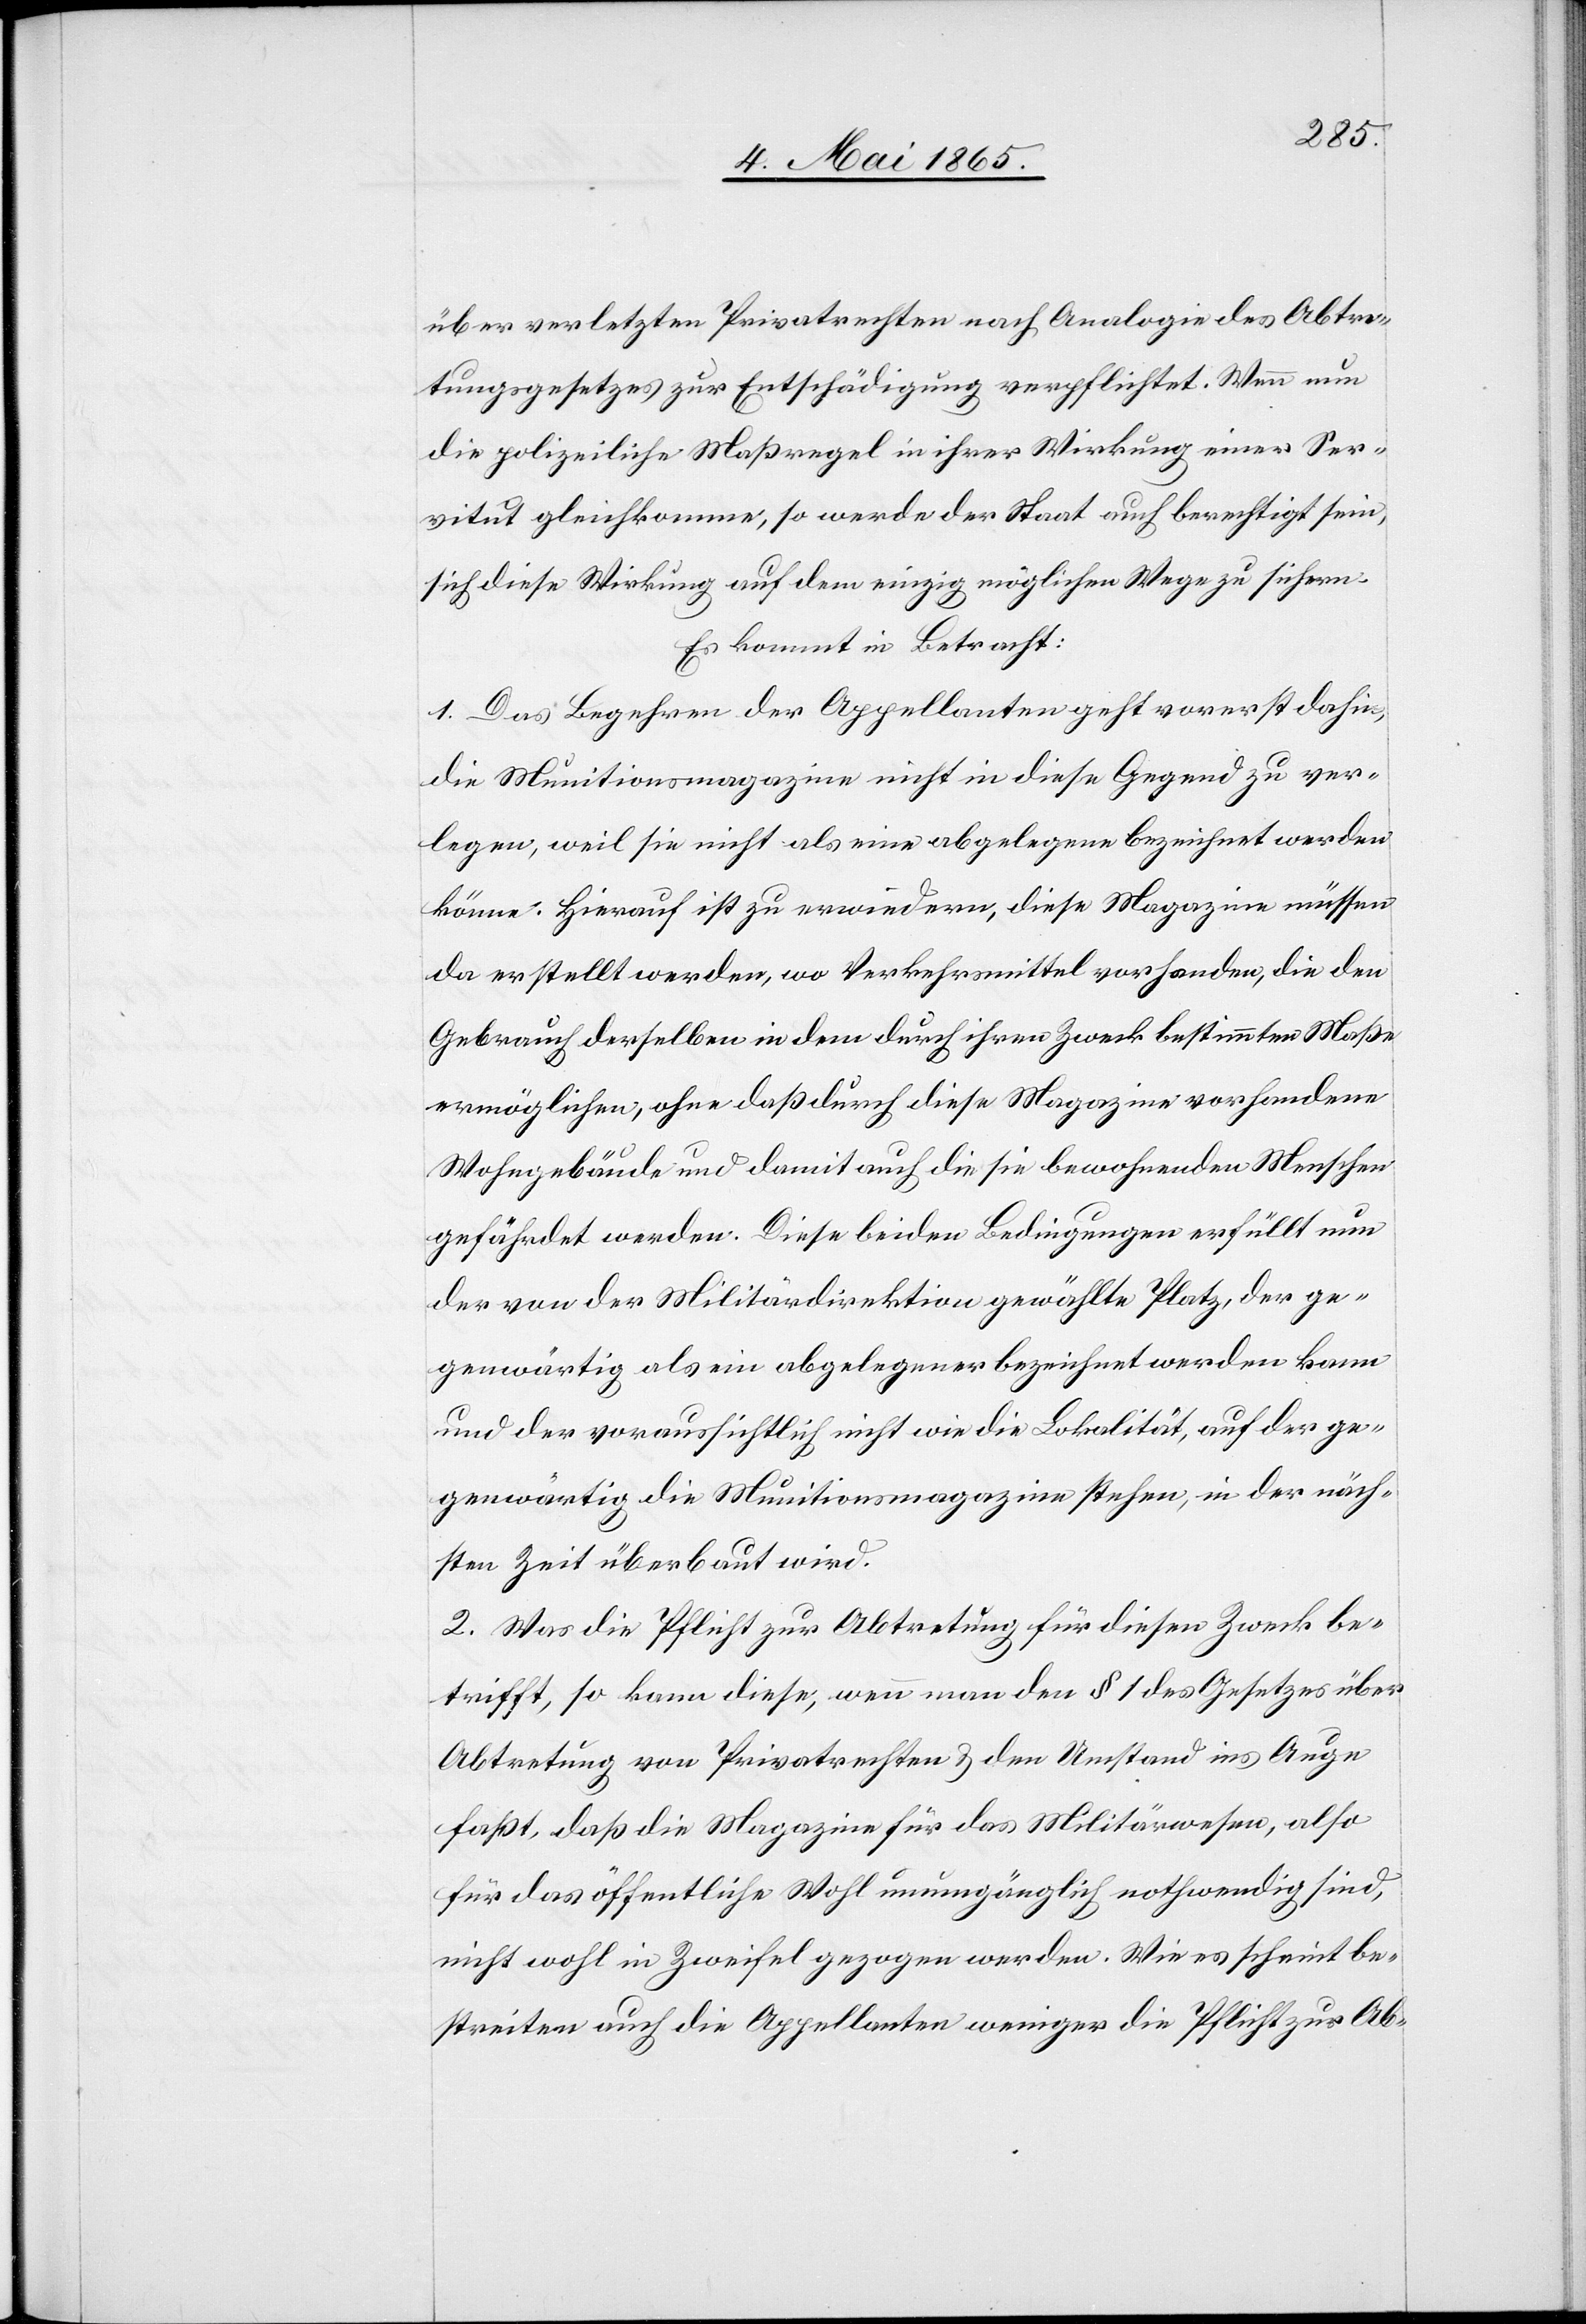
über verletzten Privatrechten nach Analogie des Abtre¬
tungsgesetzes zur Entschädigung verpflichtet. Wenn nun
die polizeiliche Maßregel in ihrer Wirkung einer Ser¬
vitut gleichkomme, so werde der Staat auch berechtigt sein,
sich diese Wirkung auf dem einzig möglichen Wege zu sichern.
Es kommt in Betracht:
1. Das Begehren der Appellanten geht vorerst dahin,
die Munitionsmagazine nicht in diese Gegend zu ver¬
legen, weil sie nicht als eine abgelegene bezeichnet werden
könne. Hierauf ist zu erwiedern, diese Magazin müssen
da erstellt werden, wo Verkehrsmittel vorhanden, die den
Gebrauch derselben in dem durch ihren Zweck bestimmten Maße
ermöglichen, ohne daß durch diese Magazine vorhandene
Wohngebäude und damit auch die sie bewohnenden Menschen
gefährdet werden. Diese beiden Bedingungen erfüllt nun
der von der Militärdirektion gewählte Platz, der ge¬
genwärtig als ein abgelegener bezeichnet werden kann
und der voraussichtlich nicht wie die Lokalität, auf der ge¬
genwärtig die Munitionsmagazine stehen, in der näch¬
sten Zeit überbaut wird.
2. Was die Pflicht zur Abtretung für diesen Zweck be¬
trifft, so kann diese, wenn man den § 1 des Gesetzes über
Abtretung von Privatrechten & den Umstand ins Auge
faßt, daß die Magazine für das Militärwesen, also
für das öffentliche Wohl unumgänglich nothwendig sind,
nicht wohl in Zweifel gezogen werden. Wie es scheint be¬
streiten auch die Appellanten weniger die Pflicht zur Ab-